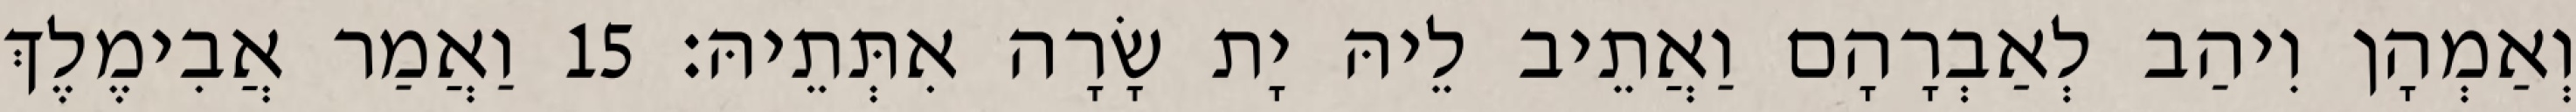
וְאַמְהָן וִיהַב לְאַבְרָהָם וַאֲתֵיב לֵיהּ יָת שָׂרָה אִתְּתֵיהּ׃ 15 וַאֲמַר אֲבִימֶלֶךְ